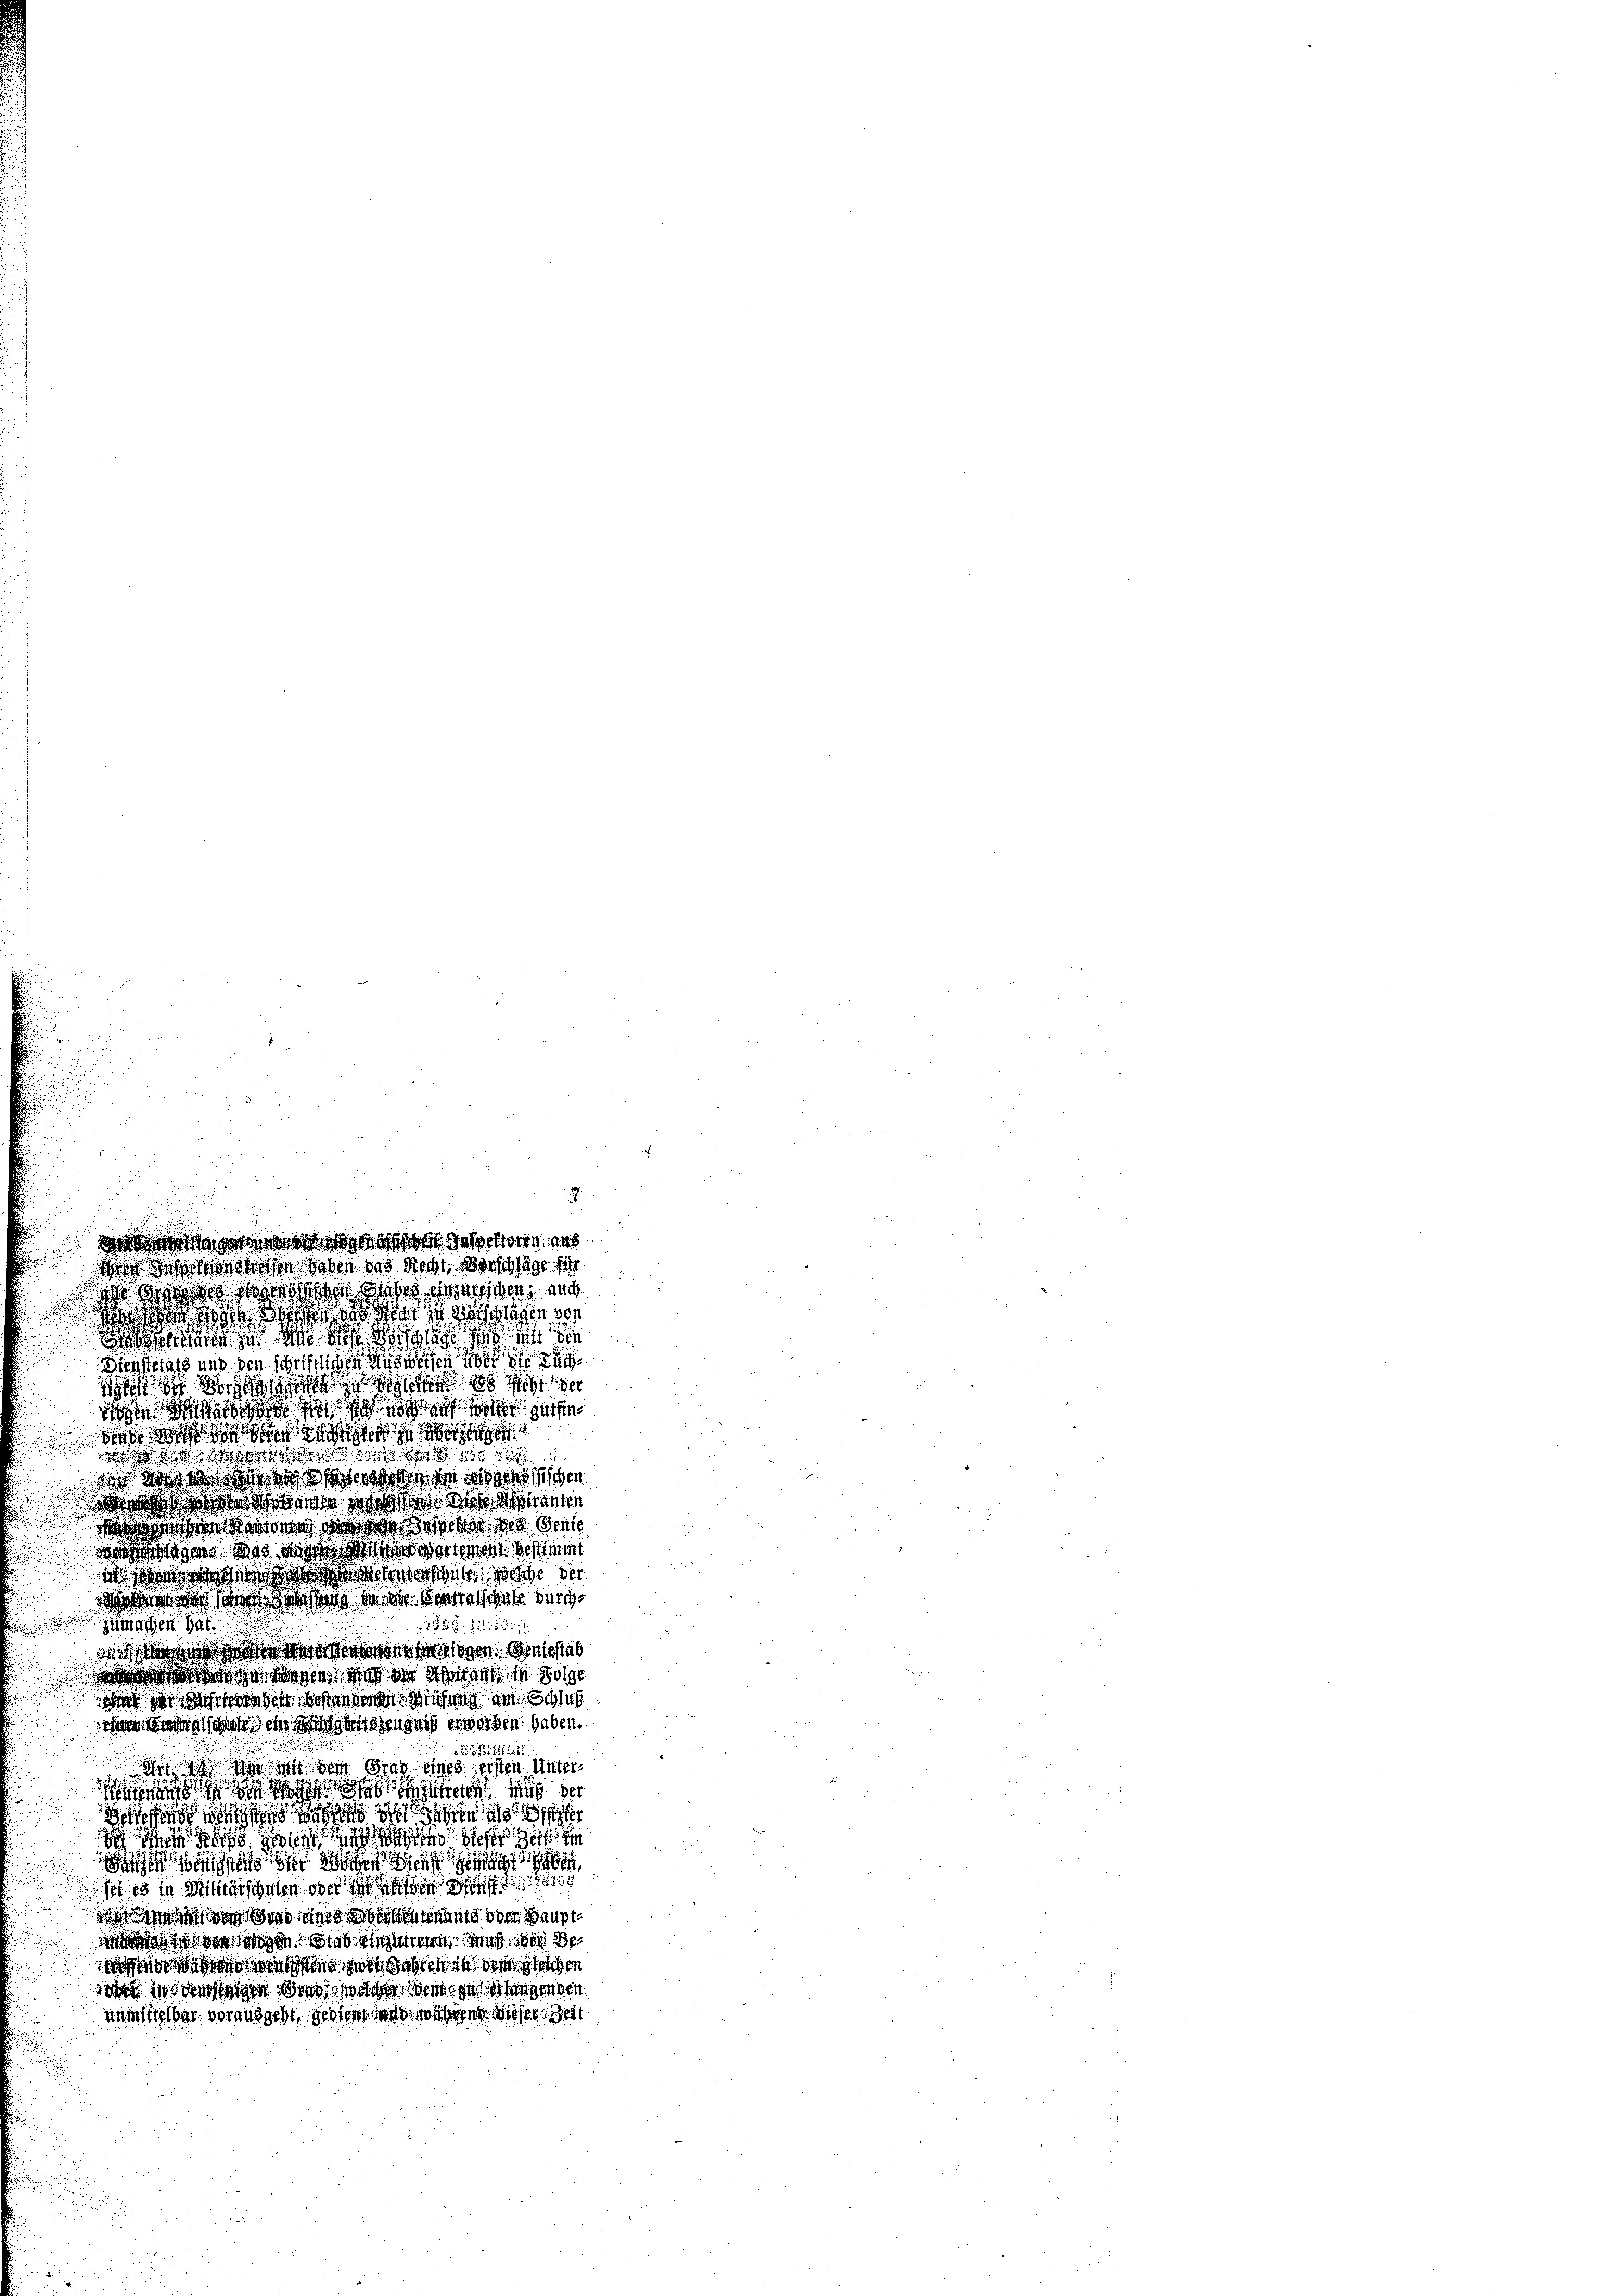
osen wohl das wir in in sich liegen von
oschienen zu de des Beschläge hat si
Diensterats und den schriftlichen bessen
 de so schlage zu sei de
dohte der sah ich sich so ich wir hatte
de an des doch
d die war ich dass der
wo es sich dass der des in weiss weisschen
Betwas Wesene Was der Gene

wo sie daran die die das hat der Genie
dstagen wird das er wartement bestimmt
i an der war der Schmerstante, welche der
Werner was sind sonstens der in eine schaft durch

111115
zumachen hat.
dre der Regen eigen nichtab
der Wert werden sich der es sagt in sol
dn sie sich die sich besten dere Weisung des Schlich
n damals ande in dagegengen erworben haben.

 sie in dem Grad eines ersten Unterun      Mich der
  sich sehr als der
de die sich geben in des ein
n die
sei es in Militätschalen ober der eigen sof
dass ich an sind die bereitants oder Hauptge oder sogen. Wird dienlichen Mich an de
doro, da sind das Jahren in dem gleichen
das in ewigen den woche dem sind ich liegenden
unmittelbar vorausgeht, gester dans wicher es wesen Zeit

.
ortigen Inspektoren, aus
iben das Recht, abgeschläge führ
dies dann ich so daß die wischen, ind

i